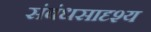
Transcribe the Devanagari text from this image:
संबंधसादृश्य